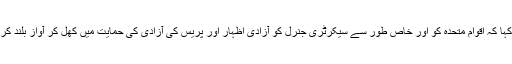
سیمون نے کہا کہ اقوام متحدہ کو اور خاص طور سے سیکرٹری جنرل کو آزادیٔ اظہار اور پریس کی آزادی کی حمایت میں کھل کر آواز بلند کرنی چاہیئے ۔